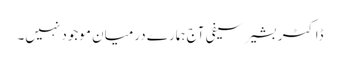
ڈاکٹر بشیر سیفی آج ہمارے درمیان موجود نہیں۔